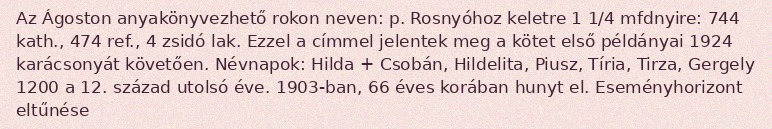
Az Ágoston anyakönyvezhető rokon neven: p. Rosnyóhoz keletre 1 1/4 mfdnyire: 744 kath., 474 ref., 4 zsidó lak. Ezzel a címmel jelentek meg a kötet első példányai 1924 karácsonyát követően. Névnapok: Hilda + Csobán, Hildelita, Piusz, Tíria, Tirza, Gergely 1200 a 12. század utolsó éve. 1903-ban, 66 éves korában hunyt el. Eseményhorizont eltűnése